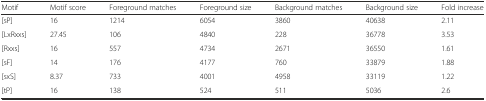
<table><thead><tr><td><b>Motif</b></td><td><b>Motif score</b></td><td><b>Foreground matches</b></td><td><b>Foreground size</b></td><td><b>Background matches</b></td><td><b>Background size</b></td><td><b>Fold increase</b></td></tr></thead><tbody><tr><td>[sP]</td><td>16</td><td>1214</td><td>6054</td><td>3860</td><td>40638</td><td>2.11</td></tr><tr><td>[LxRxxs]</td><td>27.45</td><td>106</td><td>4840</td><td>228</td><td>36778</td><td>3.53</td></tr><tr><td>[Rxxs]</td><td>16</td><td>557</td><td>4734</td><td>2671</td><td>36550</td><td>1.61</td></tr><tr><td>[sF]</td><td>14</td><td>176</td><td>4177</td><td>760</td><td>33879</td><td>1.88</td></tr><tr><td>[sxS]</td><td>8.37</td><td>733</td><td>4001</td><td>4958</td><td>33119</td><td>1.22</td></tr><tr><td>[tP]</td><td>16</td><td>138</td><td>524</td><td>511</td><td>5036</td><td>2.6</td></tr></tbody></table>